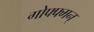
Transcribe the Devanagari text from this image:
गोफ्फ्मन्